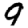
Digit: 9